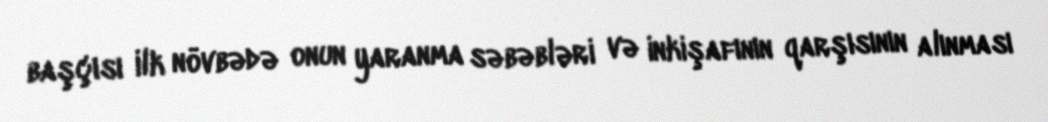
başçısı ilk növbədə onun yaranma səbəbləri və inkişafının qarşısının alınması